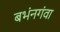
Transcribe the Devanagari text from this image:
बभंनगंवा